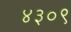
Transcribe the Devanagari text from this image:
४३०९